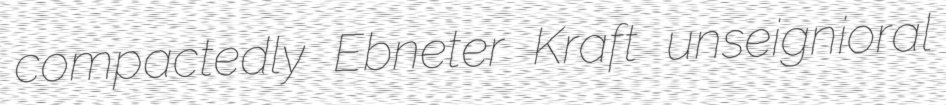
compactedly Ebneter Kraft unseignioral